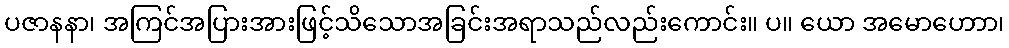
ပဇာနနာ၊ အကြင်အပြားအားဖြင့်သိသောအခြင်းအရာသည်လည်းကောင်း။ ပ။ ယော အမောဟောာ၊